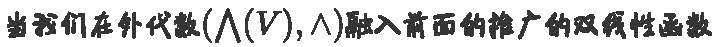
当我们在外代数$(\bigwedge(V),\wedge)$融入前面的推广的双线性函数